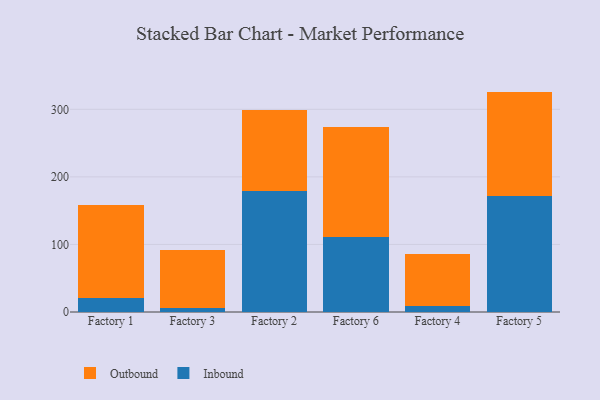
{"axis": {"x": "Factory", "y": "Page Views"}, "legend": ["Inbound", "Outbound"], "data": [{"x": "Factory 1", "y": 21.3, "type": "Inbound"}, {"x": "Factory 1", "y": 137.1, "type": "Outbound"}, {"x": "Factory 3", "y": 5.6, "type": "Inbound"}, {"x": "Factory 3", "y": 85.9, "type": "Outbound"}, {"x": "Factory 2", "y": 179.6, "type": "Inbound"}, {"x": "Factory 2", "y": 120.0, "type": "Outbound"}, {"x": "Factory 6", "y": 111.6, "type": "Inbound"}, {"x": "Factory 6", "y": 162.9, "type": "Outbound"}, {"x": "Factory 4", "y": 9.4, "type": "Inbound"}, {"x": "Factory 4", "y": 76.7, "type": "Outbound"}, {"x": "Factory 5", "y": 171.0, "type": "Inbound"}, {"x": "Factory 5", "y": 155.2, "type": "Outbound"}]}